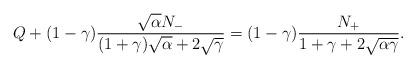
LaTeX: \begin{align*}Q+(1-\gamma)\frac{\sqrt{\alpha}N_{-}}{(1+\gamma)\sqrt{\alpha}+2\sqrt{\gamma}}=(1-\gamma)\frac{N_{+}}{1+\gamma+2\sqrt{\alpha\gamma}}.\end{align*}